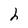
Character: h